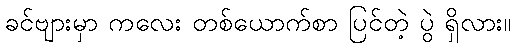
ခင်ဗျားမှာ ကလေး တစ်ယောက်စာ ပြင်တဲ့ ပွဲ ရှိလား။